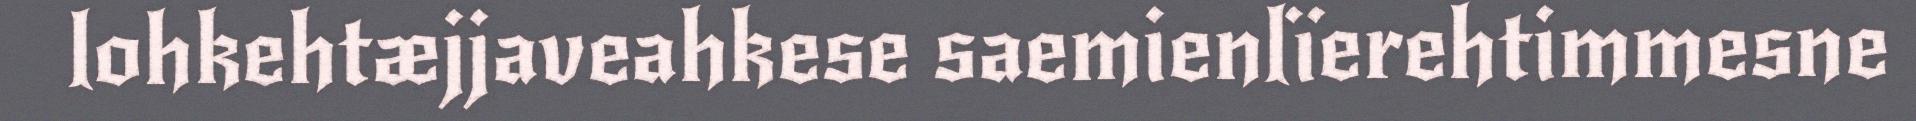
lohkehtæjjaveahkese saemienlïerehtimmesne